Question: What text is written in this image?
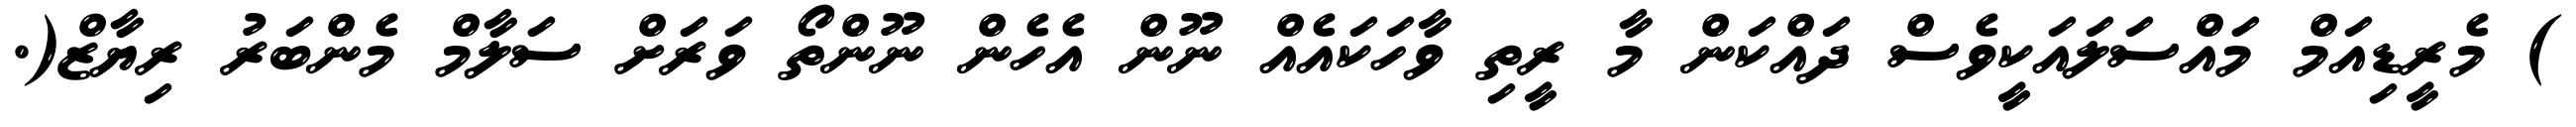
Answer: ) މެރީޑިއަމް މައްސަލައަކީވެސް ދައްކަން މާ ރީތި ވާހަކައެއް ނޫން އެހެން ނޫންތޯ ވަރަށް ސަލާމް މެންބަރު ރިޔާޒް(.